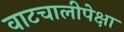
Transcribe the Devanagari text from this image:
वाटचालीपेक्षा